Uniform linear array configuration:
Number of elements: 8
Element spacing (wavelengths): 0.75
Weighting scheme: binomial
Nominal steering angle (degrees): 45
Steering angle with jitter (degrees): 46.341
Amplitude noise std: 0.05
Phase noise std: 0.05

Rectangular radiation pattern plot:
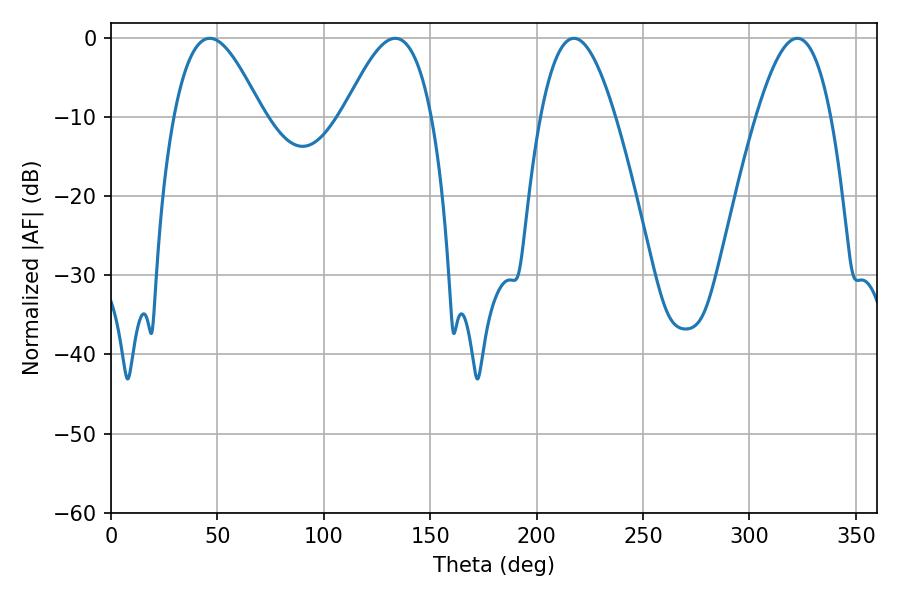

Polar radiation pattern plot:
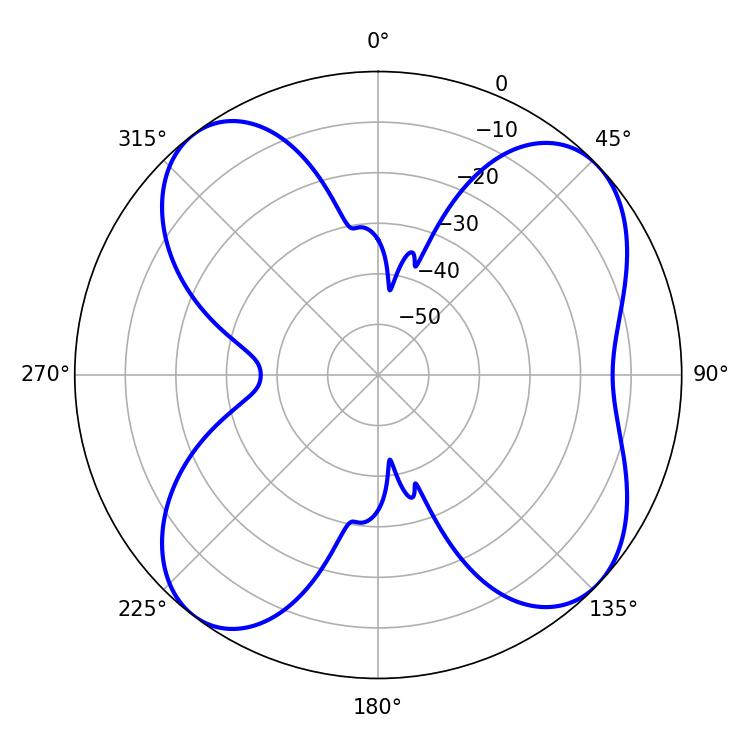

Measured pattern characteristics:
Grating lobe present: TRUE
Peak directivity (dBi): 9.737
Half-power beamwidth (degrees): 22.32
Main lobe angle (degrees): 46.44